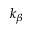
k _ { \beta }